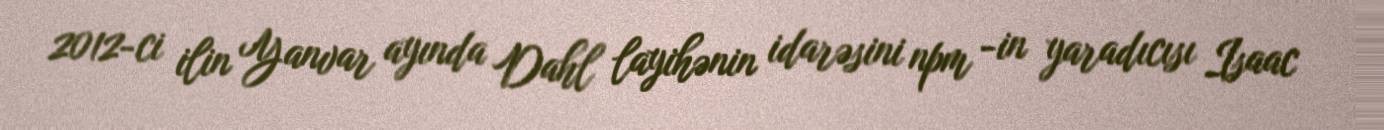
2012-ci ilin Yanvar ayında Dahl layihənin idarəsini npm -in yaradıcısı Isaac